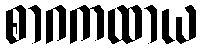
စာဂကထာယ